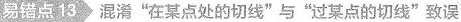
易错点13 混淆”在某点处的切线”与”过某点的切线”致误